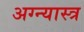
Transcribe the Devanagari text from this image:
अग्न्यास्त्र